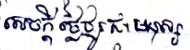
សេចក្តីថ្លៃថ្នូរជាមនុស្ស